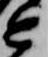
近